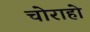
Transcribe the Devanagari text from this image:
चोराहो